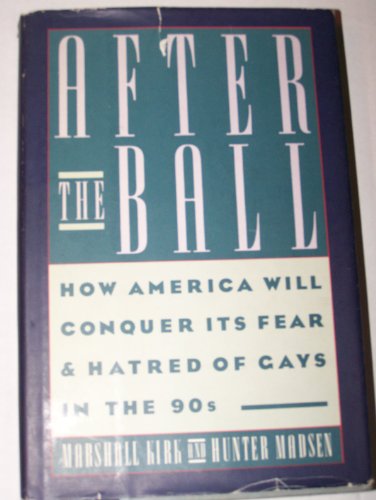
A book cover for After the Ball: How America Will Conquer Its Fear and Hatred of Gays in the 90's; Marshall Kirk; Gay & Lesbian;